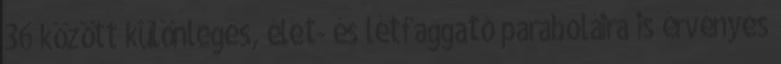
36 között különleges, élet- és létfaggató paraboláira is érvényes